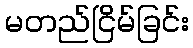
မတည်ငြိမ်ခြင်း